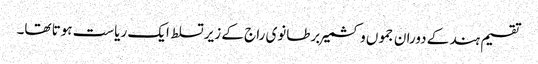
تقسیم ہند کے دوران جموں و کشمیر برطانوی راج کے زیر تسلط ایک ریاست ہوتا تھا۔